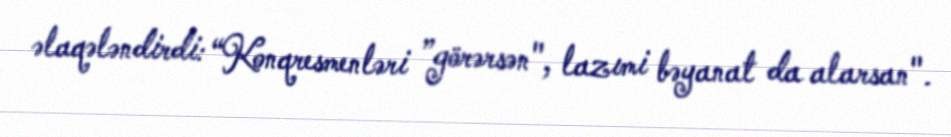
əlaqələndirdi: “Konqresmenləri ”görərsən", lazımi bəyanat da alarsan".